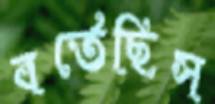
বর্তেছিস